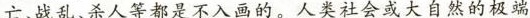
亡、战乱、杀人等都是不入画的7。人类社会或大自然的极端